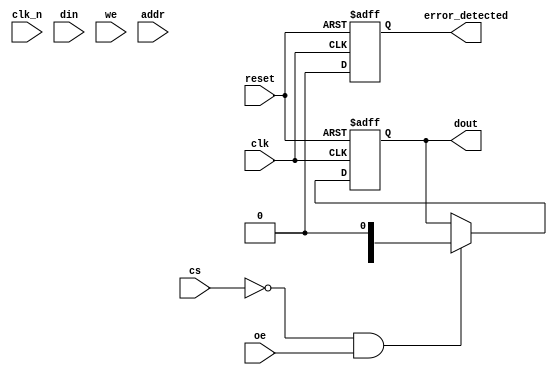
module gddr6x_io_block (
    input wire clk,           // Differential clock input (CLK)
    input wire clk_n,         // Differential clock input (CLK#)
    input wire [15:0] din,    // 16-bit data input
    output reg [15:0] dout,    // 16-bit data output
    input wire cs,            // Chip Select
    input wire we,            // Write Enable
    input wire oe,            // Output Enable
    input wire [31:0] addr,   // Address input
    output reg error_detected, // Error detection flag
    input wire reset          // Reset signal
);

// Internal signals
reg [15:0] data_buffer;      // Data buffer for read/write operations
reg [15:0] pam4_encoded_data; // PAM4 encoded data
reg [15:0] pam4_decoded_data; // PAM4 decoded data

// Clock management
always @(posedge clk or negedge reset) begin
    if (!reset) begin
        dout <= 16'b0;
        error_detected <= 1'b0;
    end else begin
        // Handle write operations
        if (cs == 1'b0 && we == 1'b1) begin
            data_buffer <= din; // Store incoming data
            // PAM4 encoding logic (simplified)
            pam4_encoded_data <= encode_pam4(data_buffer);
        end
        
        // Handle read operations
        if (cs == 1'b0 && oe == 1'b1) begin
            dout <= pam4_decoded_data; // Output data
        end

        // Error detection logic (simplified)
        error_detected <= detect_error(data_buffer);
    end
end

// PAM4 encoding function (simplified)
function [15:0] encode_pam4;
    input [15:0] data;
    begin
        // Simple PAM4 encoding logic (to be replaced with actual encoding)
        encode_pam4 = data; // Placeholder for actual PAM4 encoding
    end
endfunction

// Error detection function (simplified)
function detect_error;
    input [15:0] data;
    begin
        // Placeholder for actual error detection logic
        detect_error = 1'b0; // No error detected
    end
endfunction

endmodule